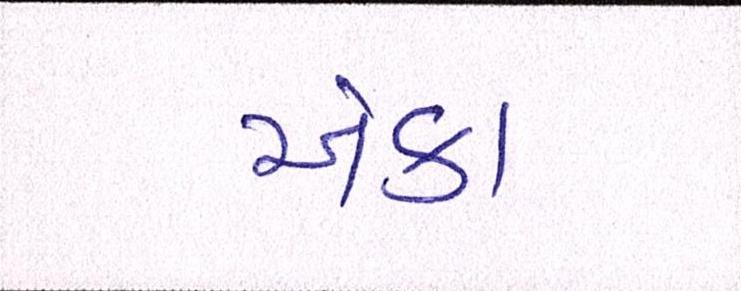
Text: એકા